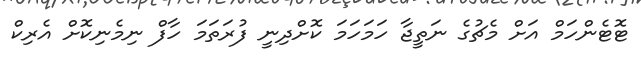
ޓޮޓެންހަމް އަށް މެޗުގެ ނަތީޖާ ހަމަހަމަ ކޮށްދިނީ ފުރަތަމަ ހާފް ނިމެނިކޮށް އެރިކް